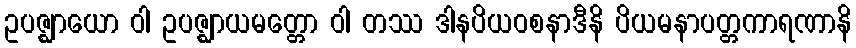
ဥပဇ္ဈာယော ဝါ ဥပဇ္ဈာယမတ္တော ဝါ တဿ ဒါနပိယဝစနာဒီနိ ပိယမနာပတ္တကာရဏာနိ